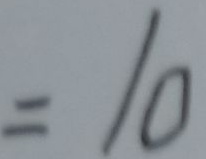
= 1 0